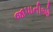
જાપાનીઓ